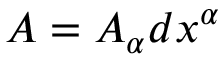
A = A _ { \alpha } d x ^ { \alpha }